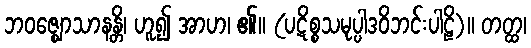
ဘဝဇ္ဈောသာနန္တိ၊ ဟူ၍ အာဟ၊ ၏။ (ပဋိစ္စသမုပ္ပါဒဝိဘင်းပါဠိ)။ တတ္ထ၊